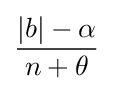
{\frac {|b|-\alpha }{n+\theta }}